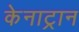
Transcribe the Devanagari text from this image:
केनाट्रान